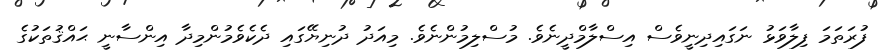
ފުރަތަމަ ފިލާވަޅު ނަގައިދިނީވެސް އިސްލާމްދީނެވެ. މުސްލިމުންނެވެ. މިއަދު ދުނިޔޭގައި ދެކެވެމުންމިދާ އިންސާނީ ޙައްޤުތަކުގެ